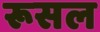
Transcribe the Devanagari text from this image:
रूसल